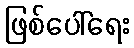
ဖြစ်ပေါ်ရေး